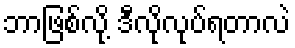
ဘာဖြစ်လို့ ဒီလိုလုပ်ရတာလဲ